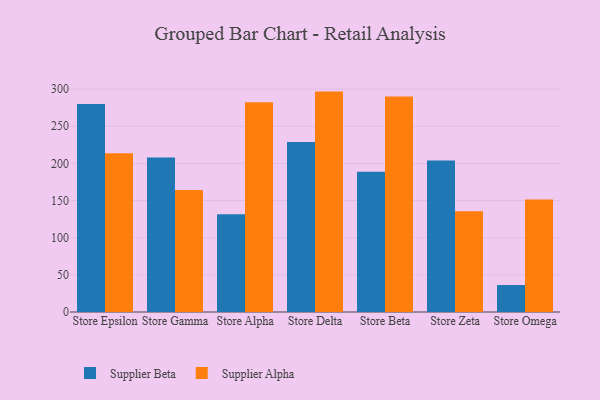
{"axis": {"x": "Store", "y": "Waste Production (Tons)"}, "legend": ["Supplier Alpha", "Supplier Beta"], "data": [{"x": "Store Epsilon", "y": 279.8, "type": "Supplier Beta"}, {"x": "Store Epsilon", "y": 213.5, "type": "Supplier Alpha"}, {"x": "Store Gamma", "y": 208.0, "type": "Supplier Beta"}, {"x": "Store Gamma", "y": 164.2, "type": "Supplier Alpha"}, {"x": "Store Alpha", "y": 131.6, "type": "Supplier Beta"}, {"x": "Store Alpha", "y": 282.3, "type": "Supplier Alpha"}, {"x": "Store Delta", "y": 228.9, "type": "Supplier Beta"}, {"x": "Store Delta", "y": 296.6, "type": "Supplier Alpha"}, {"x": "Store Beta", "y": 188.9, "type": "Supplier Beta"}, {"x": "Store Beta", "y": 290.1, "type": "Supplier Alpha"}, {"x": "Store Zeta", "y": 203.9, "type": "Supplier Beta"}, {"x": "Store Zeta", "y": 135.5, "type": "Supplier Alpha"}, {"x": "Store Omega", "y": 36.3, "type": "Supplier Beta"}, {"x": "Store Omega", "y": 151.3, "type": "Supplier Alpha"}]}